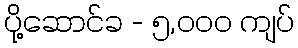
ပို့ဆောင်ခ - ၅,၀၀၀ ကျပ်